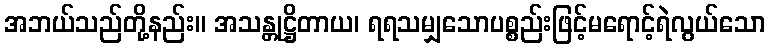
အဘယ်သည်တို့နည်း။ အသန္တုဋ္ဌိတာယ၊ ရရသမျှသောပစ္စည်းဖြင့်မရောင့်ရဲလွယ်သော